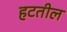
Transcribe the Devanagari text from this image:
हटतील